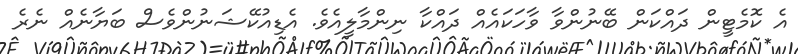
އެ ކޮމެޓީން ދައްކަން ބޭނުންވާ ވާހަކައެއް ދައްކާ ނިންމާލީއެވެ. އެޑިއުކޭޝަނުންވެސް ބަޔާނެއް ނެރެ